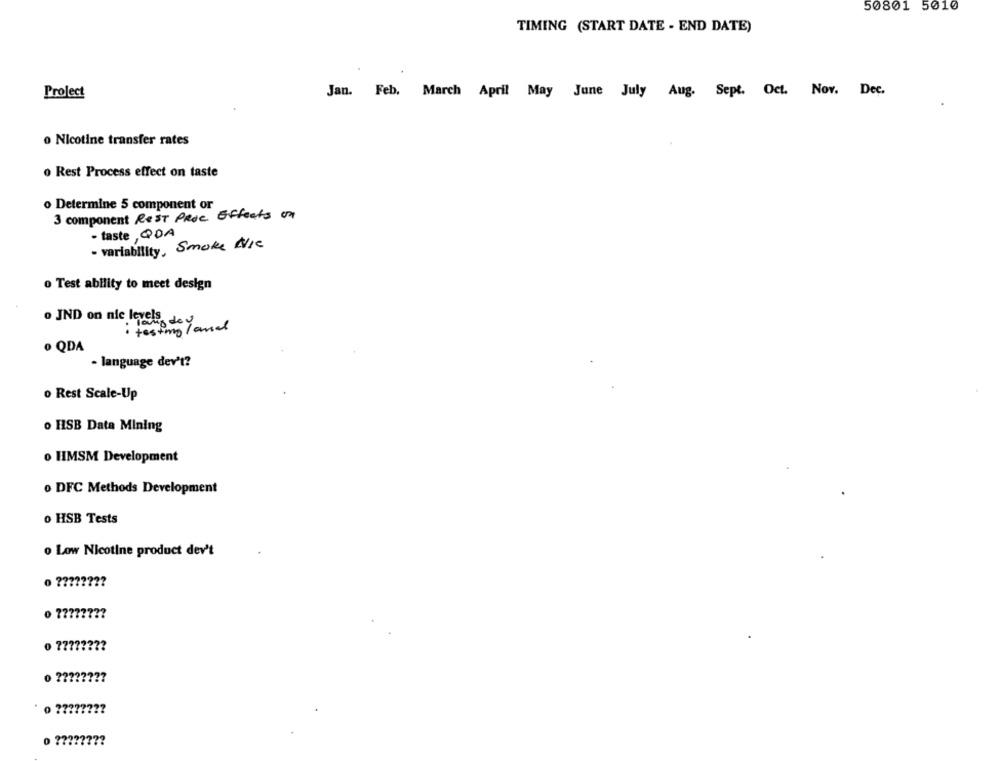
50801 5010
TIMING (START DATE - END DATE)
Project
Jan. Feb. March April May June July Aug. Sept. Oct. Nov. Dec.
o Nicotine transfer rates
o Rest Process effect on taste
o Determine 5 component or
3 component Rest Proc Effects on
- taste, QDA
- variability, Smoke Nie
o Test ability to meet design
o JND on nic levels
· lampdeu
· testmg / amsel
· QDA
- language dev't?
o Rest Scale-Up
o HSB Data Mining
o HMSM Development
o DFC Methods Development
o HSB Tests
o Low Nicotine product dev't
0 777777 ??